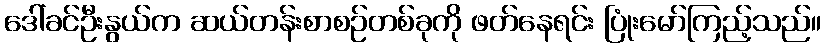
ဒေါ်ခင်ဦးနွယ်က ဆယ်တန်းစာစဉ်တစ်ခုကို ဖတ်နေရင်း ပြုံးမော်ကြည့်သည်။